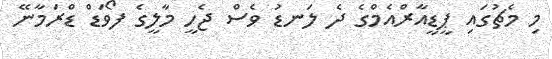
މި މެޗުގައި ޕީޑީއާރްއެމްގެ ދެ ލަނޑު ވެސް ޖެހީ މާލީގެ ފޯވަޑް ޑްރަމާނޭ